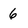
Character: 6